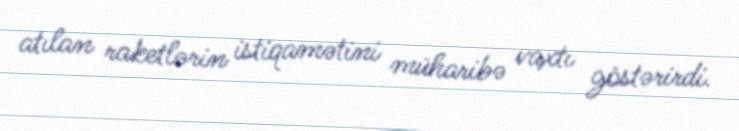
atılan raketlərin istiqamətini müharibə vaxtı göstərirdi.